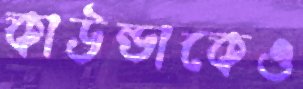
কাউন্ডাকেও